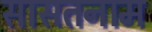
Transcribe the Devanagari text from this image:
सासतनाम